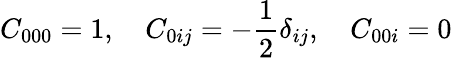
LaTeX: C_{000}=1,\quad C_{0ij}=-\frac{1}{2}\delta_{ij},\quad C_{00i}=0